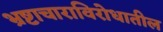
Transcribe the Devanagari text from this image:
भ्रष्टाचाराविरोधातील